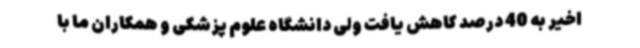
اخیر به 40 درصد کاهش یافت ولی دانشگاه علوم پزشکی و همکاران ما با